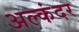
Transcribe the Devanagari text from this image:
अल्कंदर